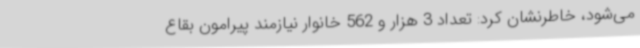
می‌شود، خاطرنشان کرد: تعداد 3 هزار و 562 خانوار نیازمند پیرامون بقاع